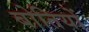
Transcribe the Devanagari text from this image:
बोतियों